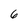
Character: 6